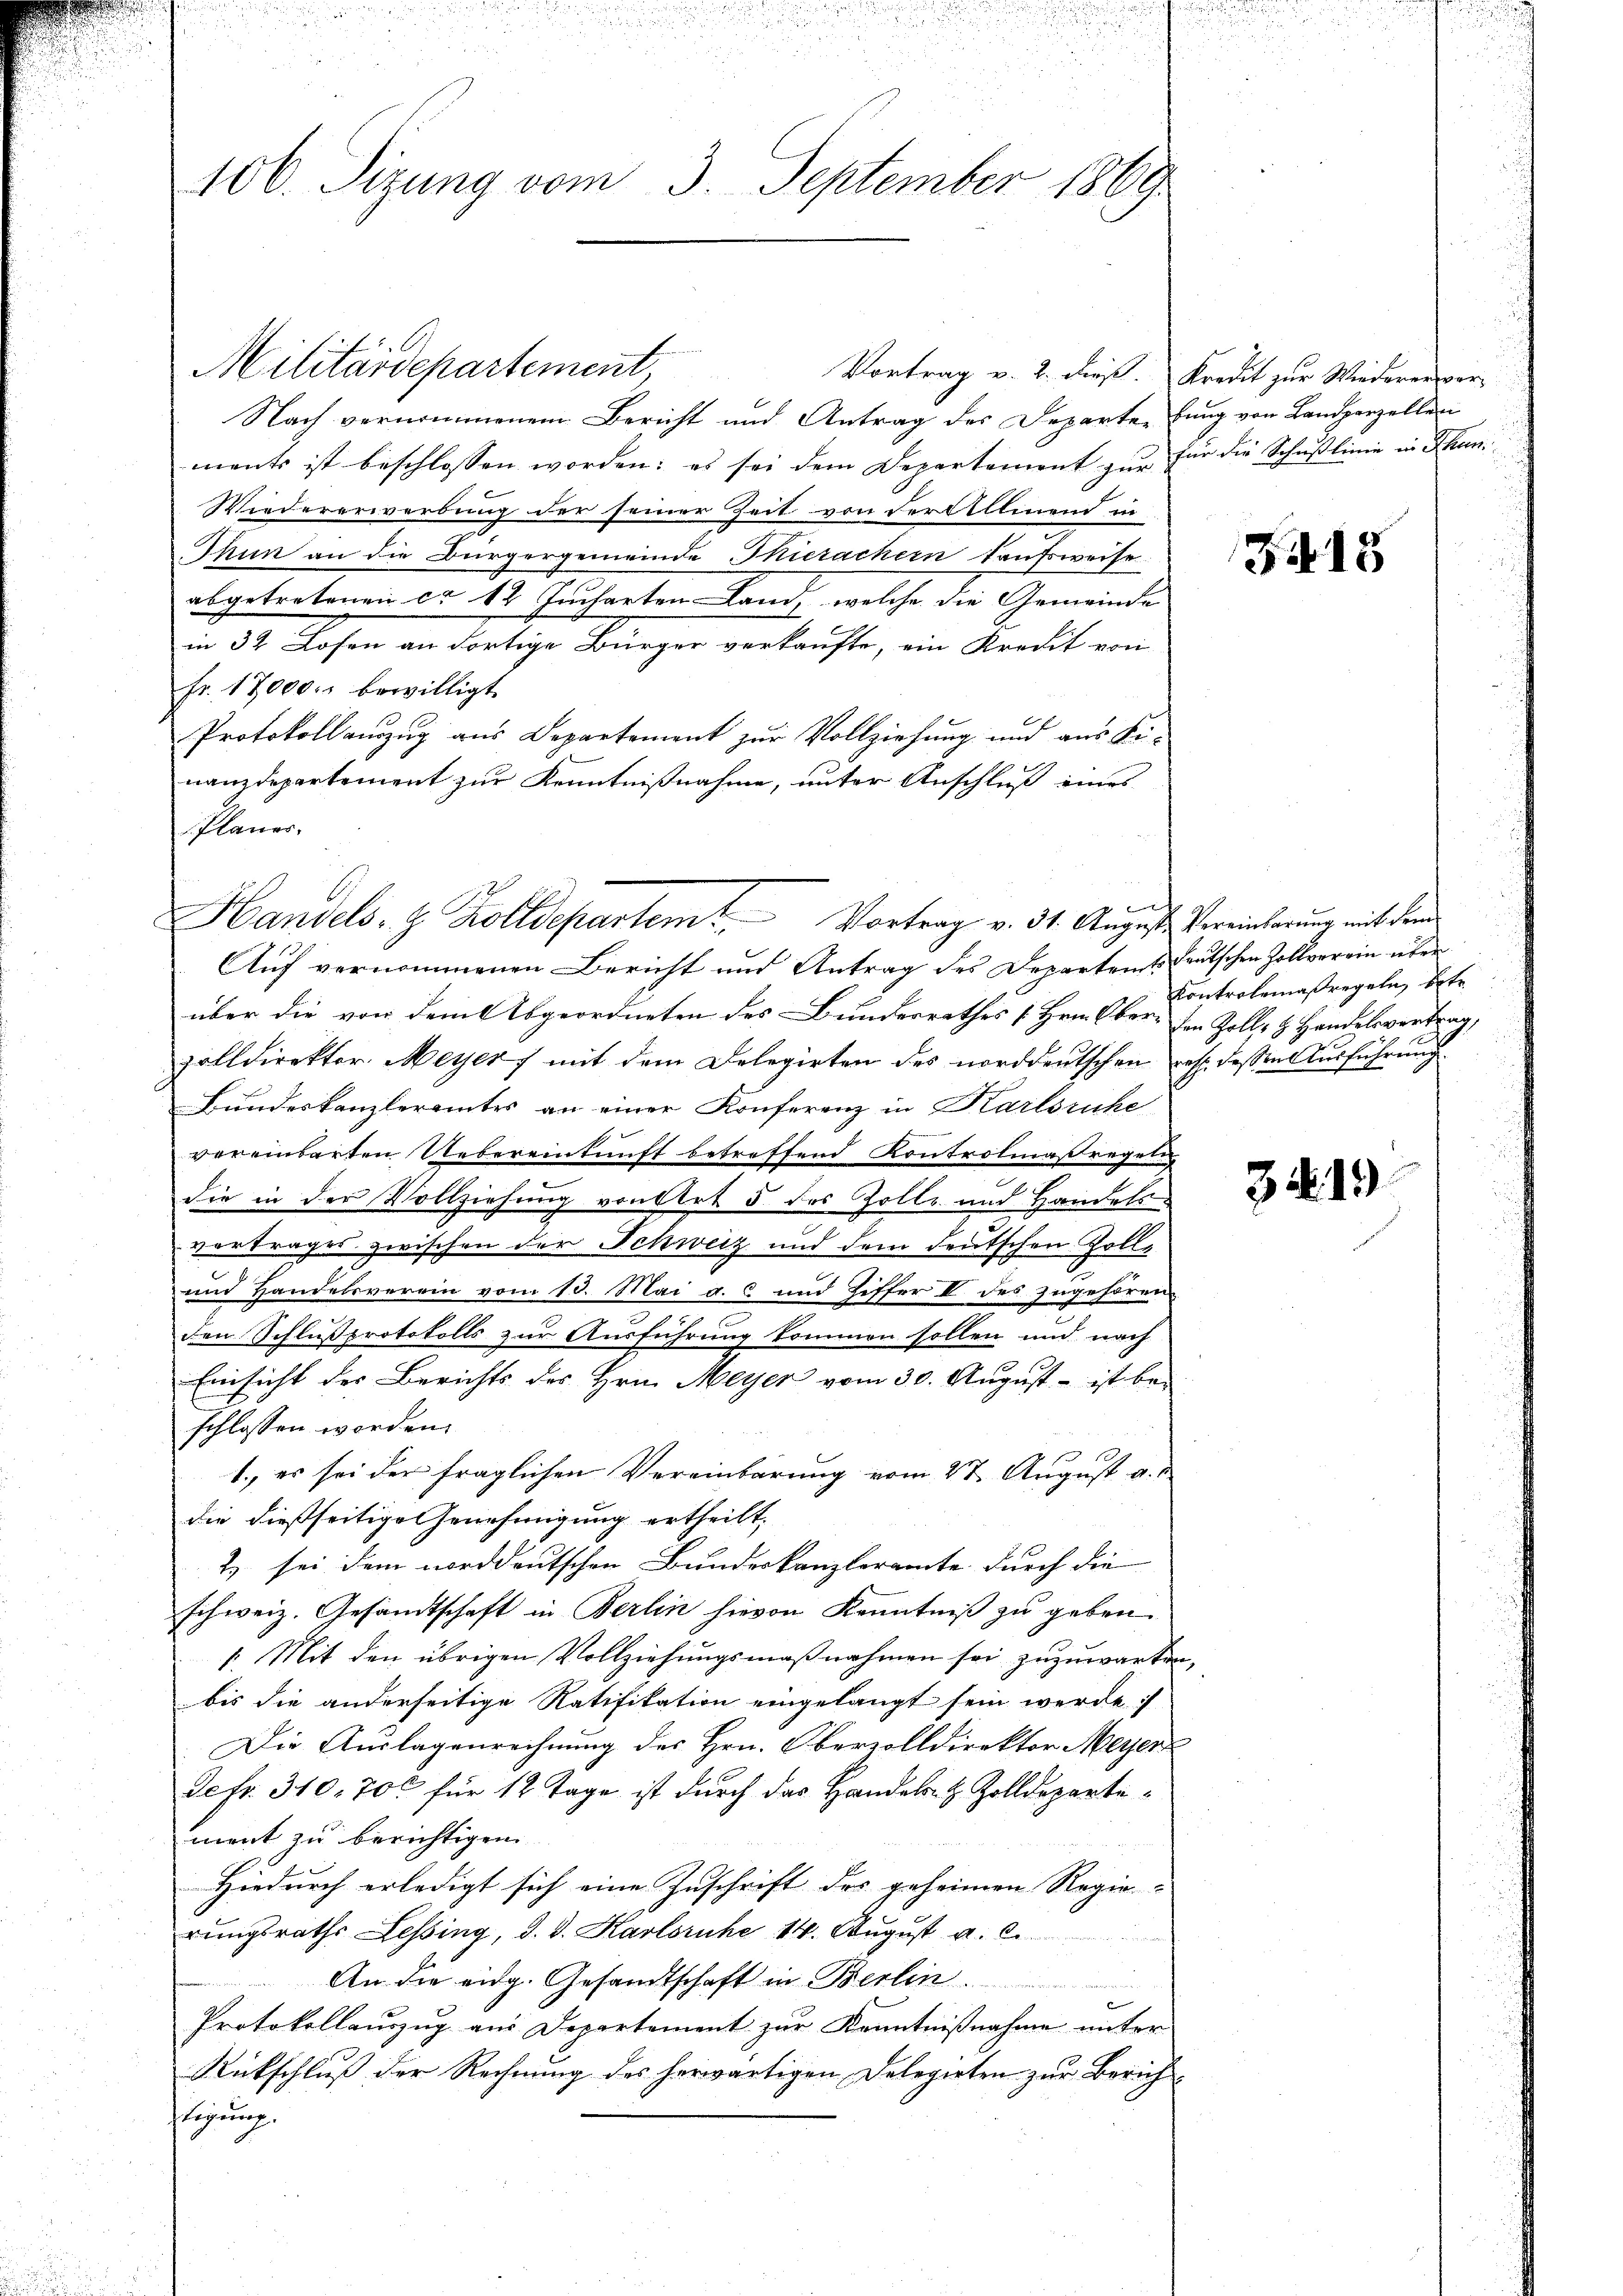
106. Sizung vom 3. September 1869

Nach vernommenem Bericht und Antrag des Departen fung von Landparzellen
ments ist beschlossen worden: es sei dem Departement zur Für die Schußlinie in Thani¬
Wiedererwerbung der seiner Zeit von der Allmend in
Thun an die Bürgergemeinde Thierachern kaufsweise
abgetretenen ca 12 Jucharten Land, welche die Gemeinde
in 32 Lofen an dortige Bürger verkaufte, ein Kredit von
Fr. 17000. bewilligt
Protokollanzug aus Departement zur Vollziehung und aus Finanzdepartement zur Kenntnißnahme, unter Anschluß eines
Planer.
Auf vernommenen Bericht und Antrag des Departent deutschen Zollverein überüber die von dem Abgeordneten des Bundesrathes [Hrn. Ober- den Zolle H. Handelsvertrag,
zolldirektor. Meyer 7 mit dem Delegirten des norddeutschen resp. dessen Ausführung
Bundeskanzleramtes an einer Konferenz in Karlsruhe
vereinbarten Uebereinkunft betreffend Kontrolmaßregel
die in der Vollziehung von Art 5. des Zolle und Handels-
vertrages zwischen der Schweiz und dem deutschen Zoll¬
und Handelsverein vom 13. Mai a. c und Ziffer II des zugehören
2
den Schlußprotokolls zur Ausführung kommen sollen und nach
Einsicht der Berichts des Hrn. Meyer vom 30. August - ist be-
schlossen worden.
1., es sei der fraglichen Vereinbarung vom 27. August a.
die dießseitige Genehmigung ertheilt,
2) sei dem norddeutschen Bundeskanzleramte durch die
schweiz. Gesandtschaft in Berlin hievon Kenntniß zu geben.
1. Mit den übrigen Vollziehungsmaßnahmen sei zuzuwarten,
bis die anderseitige Ratifikation eingelangt sein werde.
Die Auslagenrechnung des Hrn. Oberzolldirektor Meyer
Fetr. 310. 700 für 12 Tage ist durch das Handels- & Zolldepartement zu berichtigen
Hiedurch erledigt sich eine Zuschrift der geheimen Regie-
rungsraths Lessing, d. d. Karlsruhe 14. August a. c.
An die eidg. Gesandtschaft in Berlin
Protokollauszug aus Departement zur Kenntnißnahme unter
Rückschluß der Rechnung des herwärtigen Delegirten zur Zürichflegung.

Militärdepartement

it
Handels- & Zolldepartem Vortrag v. 31. August. Vereinbarung mit dem

Vortrag v. 2. dieß. Kredit zur Wiedererwer¬

G. 15

Kontrolemaßregeln, betr.

34. 19